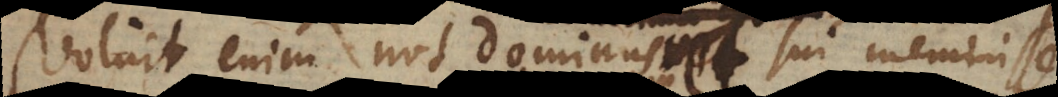
Voluit enim nos Dominus sui meminisse